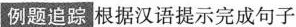
例题追踪 根据汉语提示完成句子